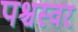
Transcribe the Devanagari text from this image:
पश्चस्वर